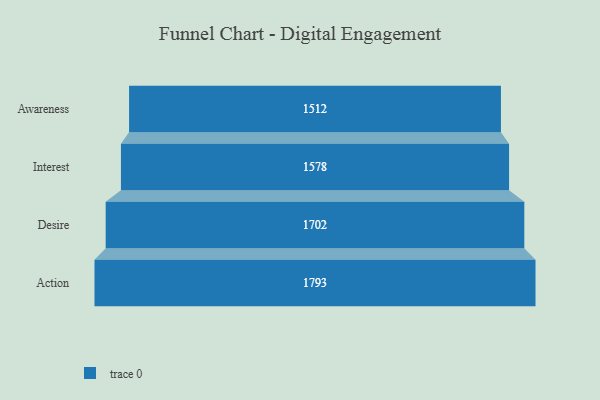
{"axis": {"x": "Stage", "y": "Value"}, "legend": [""], "data": [{"x": "Awareness", "y": 1512.0, "type": ""}, {"x": "Interest", "y": 1578.0, "type": ""}, {"x": "Desire", "y": 1702.0, "type": ""}, {"x": "Action", "y": 1793.0, "type": ""}]}